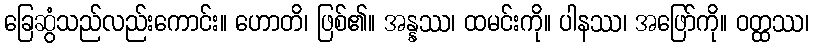
ခြေဆွံသည်လည်းကောင်း။ ဟောတိ၊ ဖြစ်၏။ အန္နဿ၊ ထမင်းကို။ ပါနဿ၊ အဖြော်ကို။ ဝတ္ထဿ၊